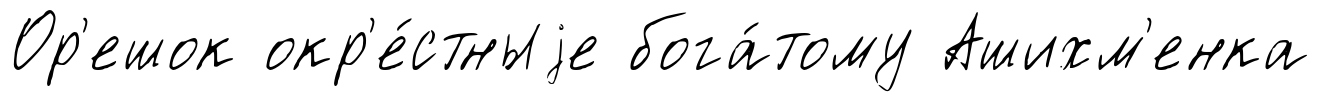
Ор'ешок окр'е́стныjе бога́тому Ашихм'енка